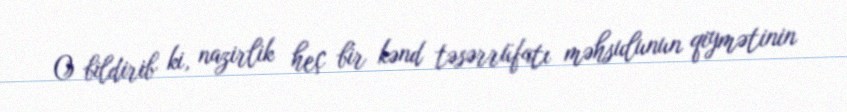
O bildirib ki, nazirlik heç bir kənd təsərrüfatı məhsulunun qiymətinin